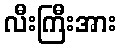
လီးကြီးအား